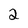
Character: 2